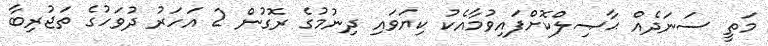
މަތީ ސަނަދެއް ޙާޞިލްކޮށްފައިވުމާއެކު ކިޔަވައި ދިނުމުގެ ރޮގުން 2 އަހަރު ދުވަހުގެ ތަޖުރިބާ